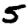
Digit: 5